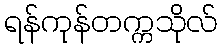
ရန်ကုန်တက္ကသိုလ်